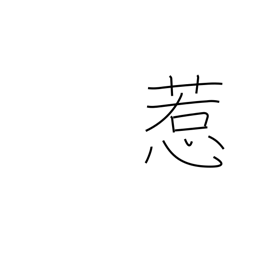
Meaning: captivate